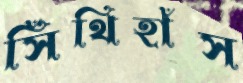
সিঁথিহাঁস